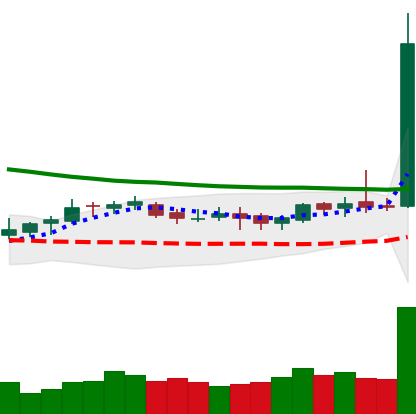
Ticker: DOGE-USD
Chart end date: 2019-04-01
Forward return: 39.74%
Label: up_7plus